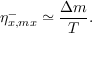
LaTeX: { \eta } _ { x , m x } ^ { - } \simeq \frac { \Delta m } { T } .